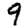
Digit: 9